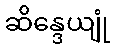
ဆိန္ဒေယျုံ